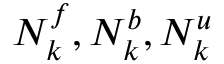
N _ { k } ^ { f } , N _ { k } ^ { b } , N _ { k } ^ { u }